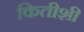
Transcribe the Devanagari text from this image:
कितीशी